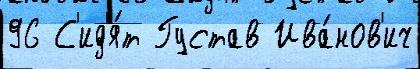
96 С'ид'я́т Густав Ива́нов'ич